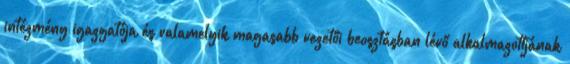
intézmény igazgatója és valamelyik magasabb vezetői beosztásban lévő alkalmazottjának